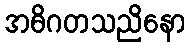
အဓိဂတသညိနော